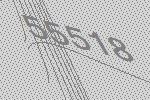
55518